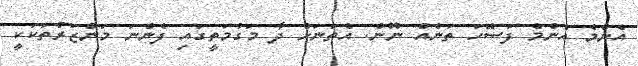
އެންމެ އެންމެ ފަސޭހަ ތަނެއް ނޫން. އެތަނަށް ދާ މަގުމަތީގައި ފެންނަ މަންޒަރުތަކަކީ